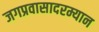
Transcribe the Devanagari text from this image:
जगप्रवासादरम्यान